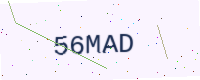
Text: 56MAD